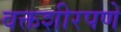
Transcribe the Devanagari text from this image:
वक्तशीरपणे